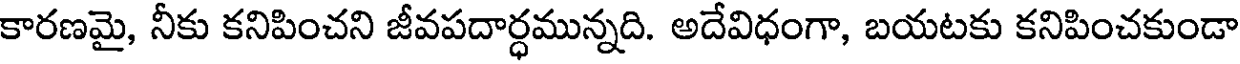
కారణమై, నీకు కనిపించని జీవపదార్ధమున్నది. అదేవిధంగా, బయటకు కనిపించకుండా